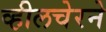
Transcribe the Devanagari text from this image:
व्हीलचेरने